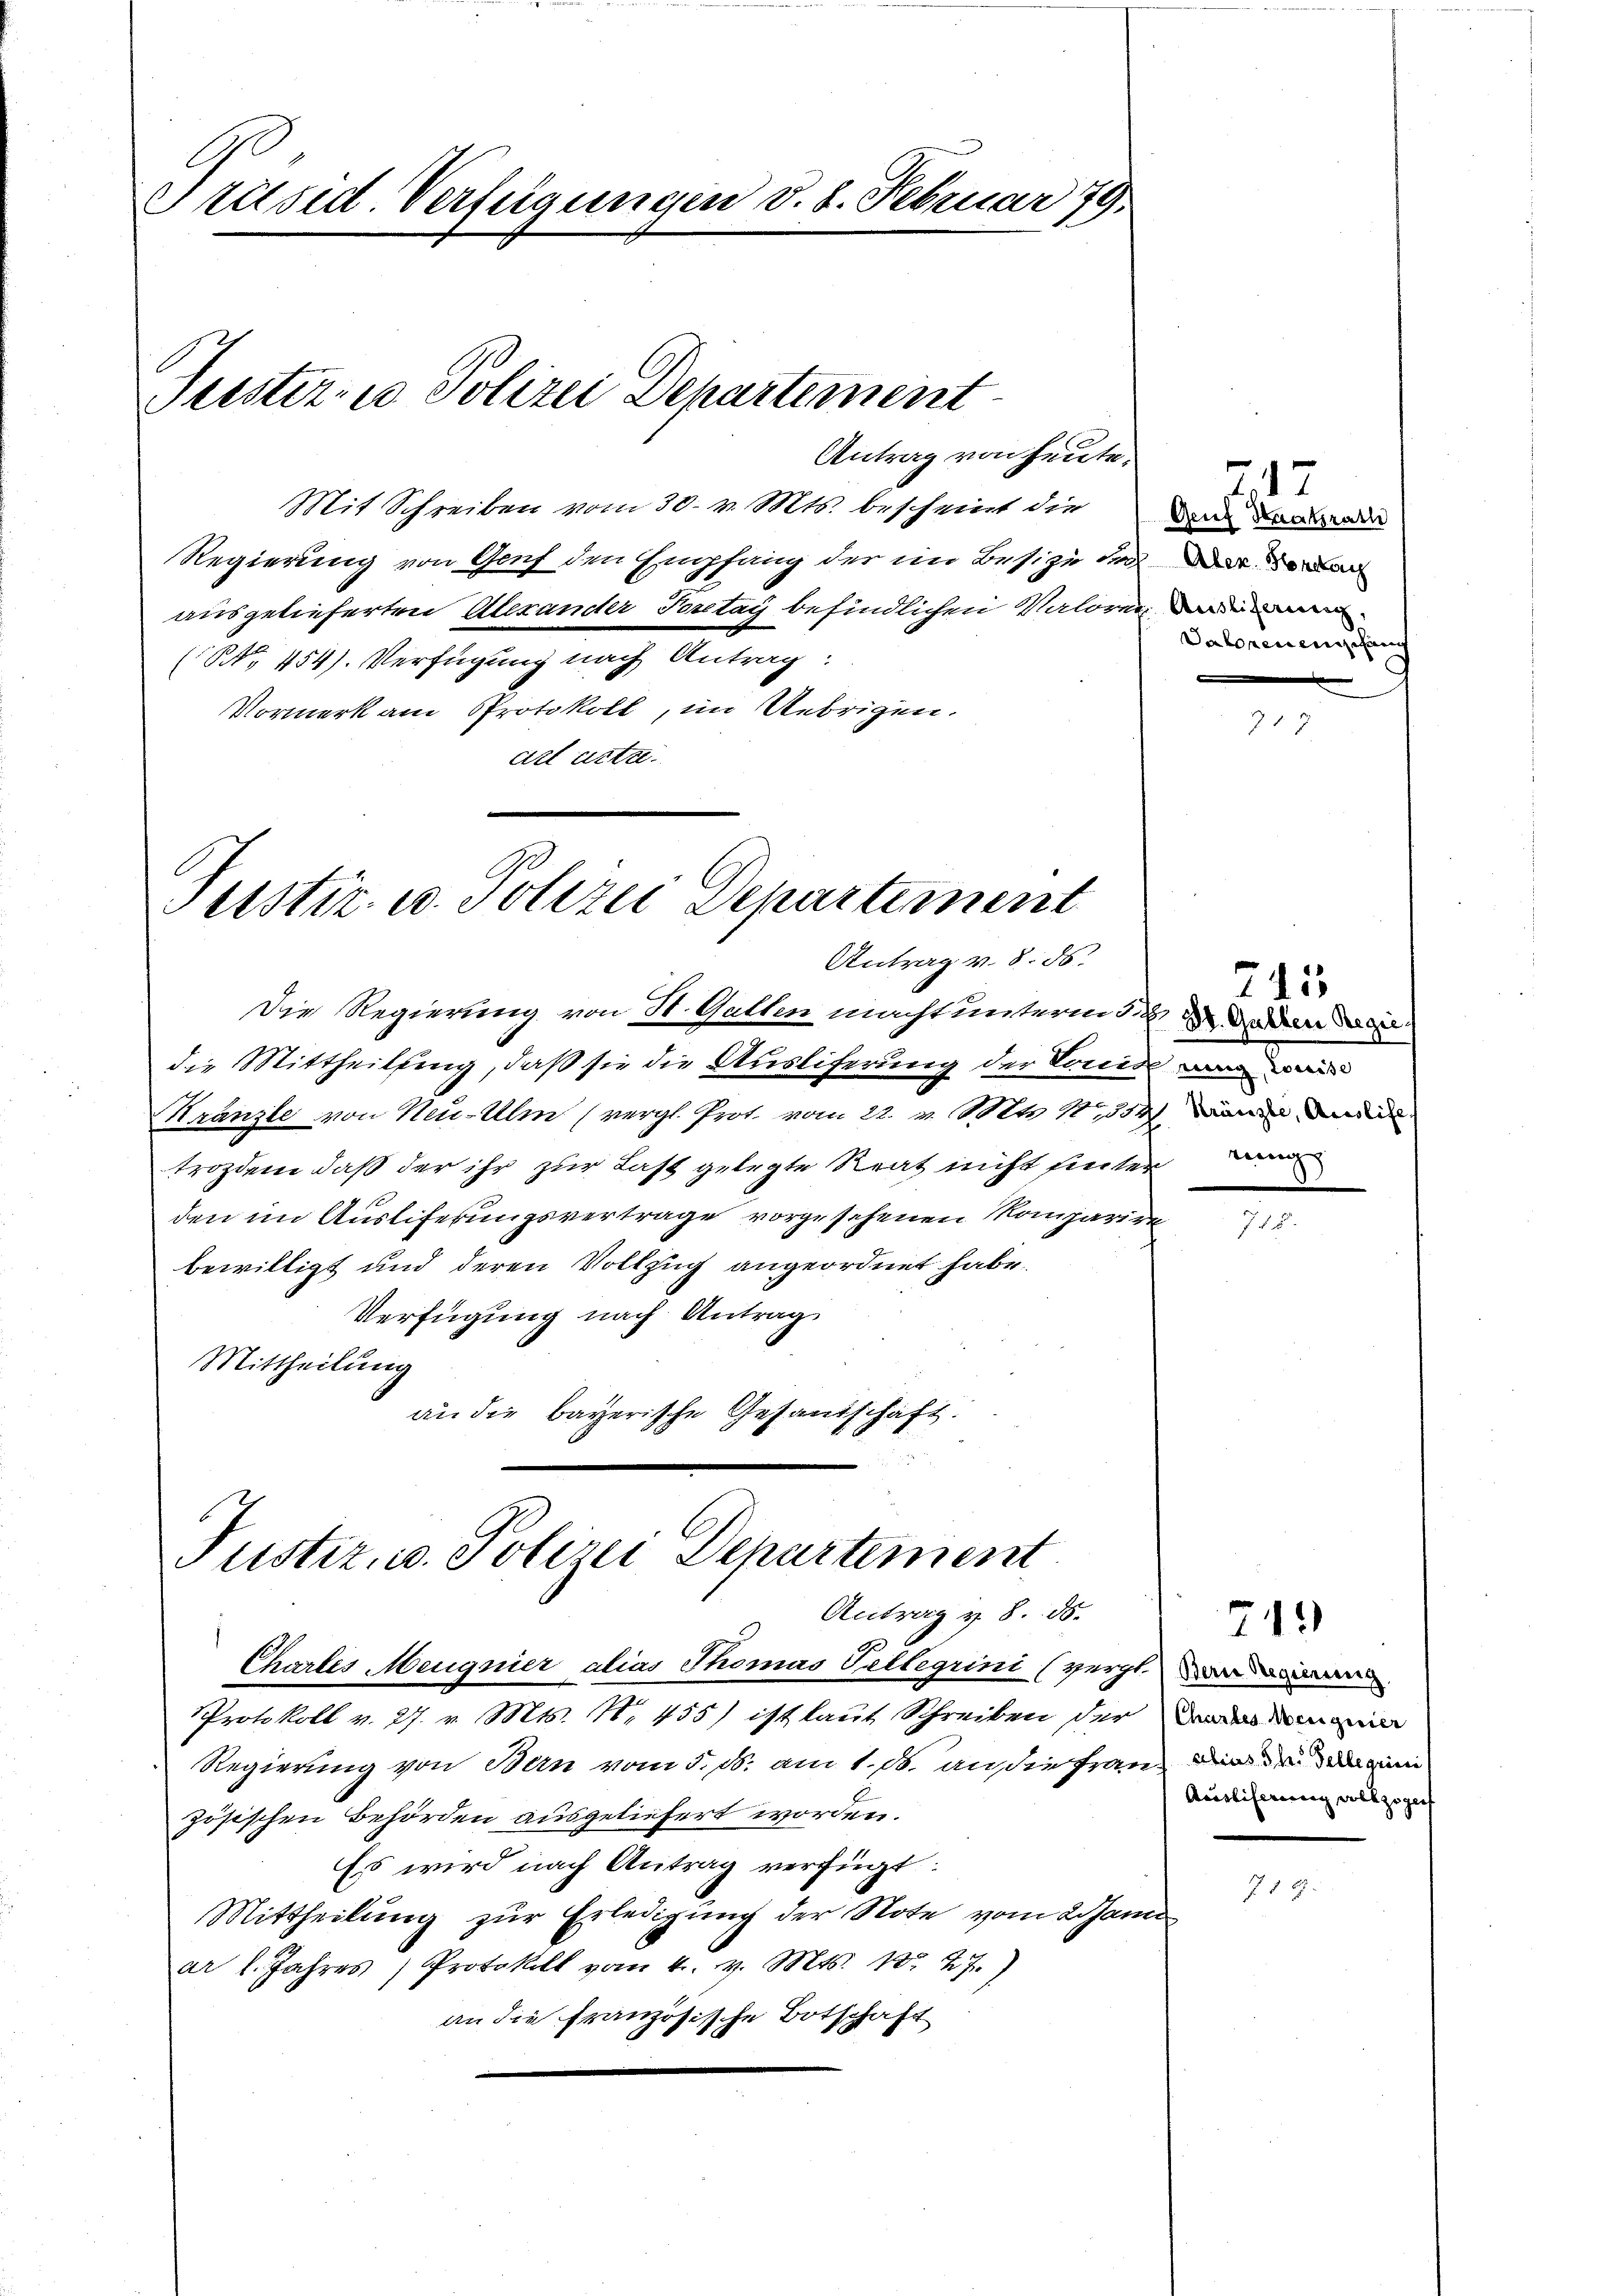
Präsid. Verfügungen d. 8. Februar 79.

Juster- u Polizei Departement

Antrag von heute.

Mit Schreiben vom 30. v. Mts. bescheint die
Regierung von Genf den Empfang der im Besize der mit de
ausgelieferten Alexander Portag befindlichen Valoren dem
(Nr. 454). Verfügung nach Antrag:
Vormerk am Protokoll, im Uebrigen.
art atta.

Justiz- u. Polizei Departement
Antrag v. 8. ds.

Die Regierung von St. Gallen macht unterm 12. da der de
die Mittheilung, daß sie die Ausliferung der Louise ein
Kranzle von Neu-Uln (vergl. Prot. vom 22. v. Mts. 1, 354 dann de
trozdem daß der ihr zur Last gelegte Reat nicht heuter de
den im Auslieferungsvertrage vorgesehenen Komparire
bewilligt und deren Vollzug angeordnet habe.
Verfügung nach Antrag
Mittheilung
an die bayerische Gesandschaft.

Pustiz, u. Polizei Departement
Antrag v. 8. 85.
Chartes Meugnier alias Thomas Tellerini (verg

Protokoll v. 27. v. Mts. N. 455) ist laut Schreiben der das dem
Regierung von Bern vom 5. ds. am 1. Js. an die Franz die drei
zösischen Behörden ausgeliefert worden.
Es wird nach Antrag verfügt:
Mittheilung zur Erledigung der Note vom 2 Janu
ar l. Jahres Protokoll vom 4. v. Mts. Nr. 27.)
an die französische Botschaft

717
Genf Staatsrath
Saborenenschen
.

245

243

Auslicherung als zugef

J. § 8